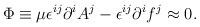
\begin{align*}\Phi \equiv \mu \epsilon ^{ij}\partial ^iA^j -\epsilon ^{ij}\partial ^if^j \approx 0.\end{align*}